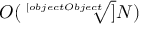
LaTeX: O ( { \sqrt [ [object Object] ] { N } } )